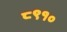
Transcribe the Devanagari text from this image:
८९१०